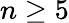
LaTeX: n\ge 5